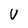
Character: V